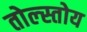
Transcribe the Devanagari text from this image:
तोल्स्तोय